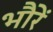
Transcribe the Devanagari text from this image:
भौरें